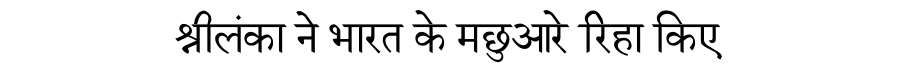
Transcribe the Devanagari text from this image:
श्रीलंका ने भारत के मछुआरे रिहा किए